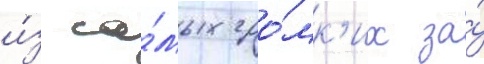
и́з са́мых гро́мк'их за́